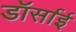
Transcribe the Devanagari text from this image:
डॉर्साई